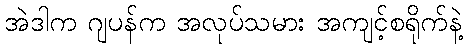
အဲဒါက ဂျပန်က အလုပ်သမား အကျင့်စရိုက်နဲ့